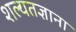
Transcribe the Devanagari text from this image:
शल्यतज्ञाना